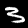
Digit: 3